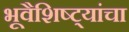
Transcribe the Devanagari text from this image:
भूवैशिष्ट्यांचा